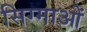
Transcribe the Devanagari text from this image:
सिग्माओं